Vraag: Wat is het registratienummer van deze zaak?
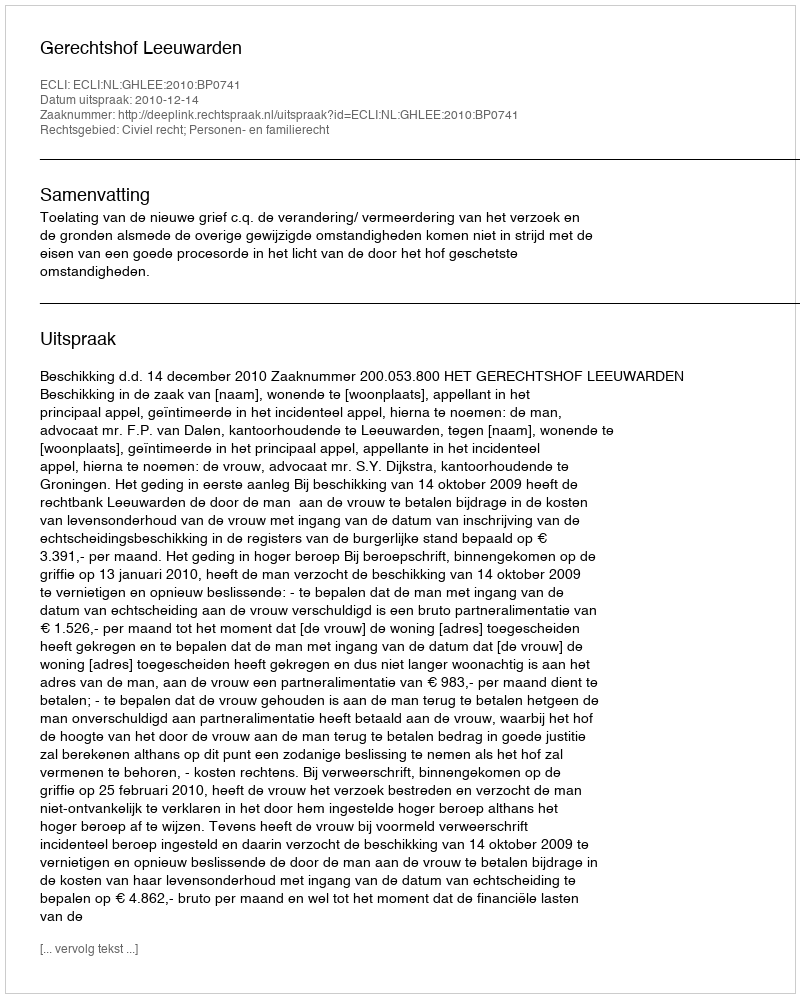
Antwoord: http://deeplink.rechtspraak.nl/uitspraak?id=ECLI:NL:GHLEE:2010:BP0741